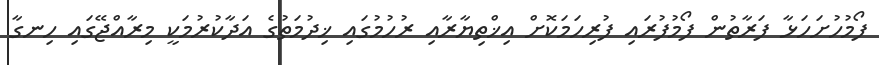
ފޯމުހުށަހަޅާ ފަރާތުން ފޯމުފުރައި ފުރިހަމަކޮށް އިޚްތިޔާރާއި ރުހުމުގައި ޚިދުމަތުގެ އަދާކުރުމަކީ މިރާއްޖޭގައި ހިނގާ